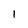
Character: 1